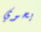
يحوي